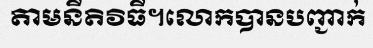
តាមនីតិវិធី។លោកបានបញ្ជាក់